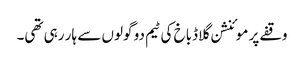
وقفے پر موئنشن گلاڈباخ کی ٹیم دو گولوں سے ہار رہی تھی۔